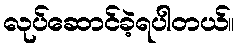
လုပ်ဆောင်ခဲ့ရပါတယ်။